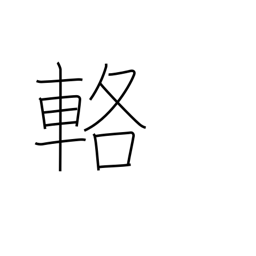
Meaning: carriage